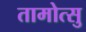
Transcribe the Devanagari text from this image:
तामोत्सु